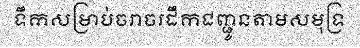
ទឹកសម្រាប់ចរាចរដឹកជញ្ជូនតាមសមុទ្រ